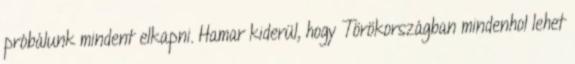
próbálunk mindent elkapni. Hamar kiderül, hogy Törökországban mindenhol lehet